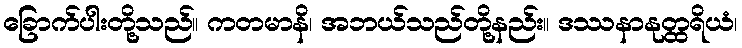
ခြောက်ပါးတို့သည်။ ကတမာနိ၊ အဘယ်သည်တို့နည်း။ ဒဿနာနုတ္ထရိယံ၊